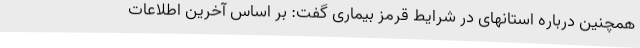
همچنین درباره استانهای در شرایط قرمز بیماری گفت: بر اساس آخرین اطلاعات